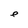
Character: e